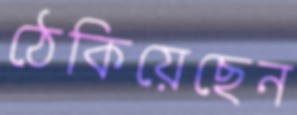
ঠেকিয়েছেন